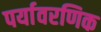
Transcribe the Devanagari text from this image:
पर्यावरणिक